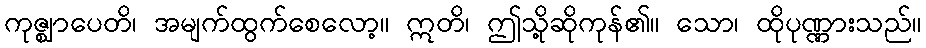
ကုဇ္ဈာပေတိ၊ အမျက်ထွက်စေလော့။ ဣတိ၊ ဤသို့ဆိုကုန်၏။ သော၊ ထိုပုဏ္ဏားသည်။